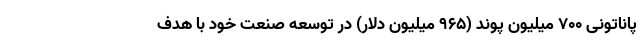
پاناتونی 700 میلیون پوند (965 میلیون دلار) در توسعه صنعت خود با هدف